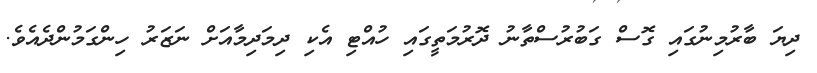
ދިޔަ ބާރުމިނުގައި ގޮސް ގަބުރުސްތާނު ދޮރުމަތީގައި ހުއްޓި އެކި ދިމަދިމާއަށް ނަޒަރު ހިންގަމުންދެއެވެ.